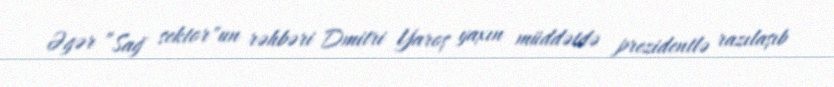
Əgər ”Sağ sektor"un rəhbəri Dmitri Yaroş yaxın müddətdə prezidentlə razılaşıb